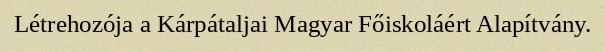
Létrehozója a Kárpátaljai Magyar Főiskoláért Alapítvány.